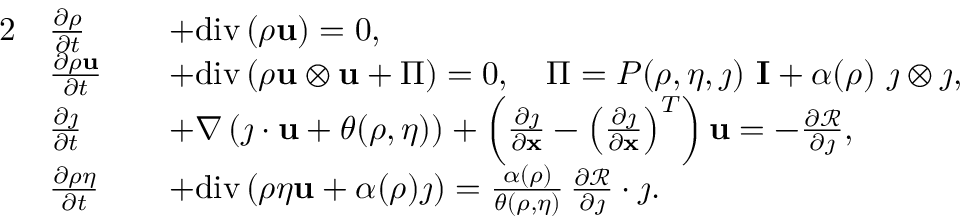
\begin{array} { r l r l } { { 2 } } & { \frac { \partial \rho } { \partial t } } & & { + \mathrm { d i v } \left( \rho \mathbf { u } \right) = 0 , } \\ & { \frac { \partial \rho \mathbf { u } } { \partial t } } & & { + \mathrm { d i v } \left( \rho \mathbf { u } \otimes \mathbf { u } + \Pi \right) = 0 , \quad \Pi = P ( \rho , \eta , \j ) \ \mathbf { I } + \alpha ( \rho ) \ \j \otimes \j , } \\ & { \frac { \partial \j } { \partial t } } & & { + \nabla \left( \j \cdot \mathbf { u } + \theta ( \rho , \eta ) \right) + \left( \frac { \partial \j } { \partial \mathbf { x } } - \left( \frac { \partial \j } { \partial \mathbf { x } } \right) ^ { T } \right) \mathbf { u } = - \frac { \partial \mathcal { R } } { \partial \j } , } \\ & { \frac { \partial \rho \eta } { \partial t } } & & { + \mathrm { d i v } \left( \rho \eta \mathbf { u } + \alpha ( \rho ) \j \right) = \frac { \alpha ( \rho ) } { \theta ( \rho , \eta ) } \, \frac { \partial \mathcal { R } } { \partial \j } \cdot \j . } \end{array}